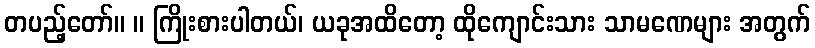
တပည့်တော်။ ။ ကြိုးစားပါတယ်၊ ယခုအထိတော့ ထိုကျောင်းသား သာမဏေများ အတွက်